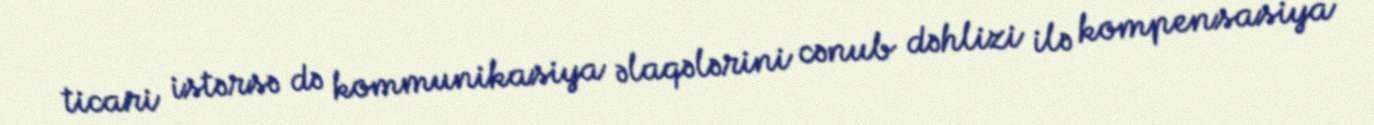
ticari istərsə də kommunikasiya əlaqələrini cənub dəhlizi ilə kompensasiya